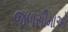
જળસીમાઓ